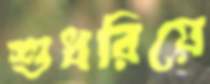
শুধরিয়ে